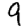
Digit: 9